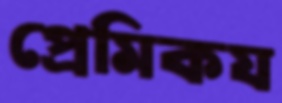
প্রেমিকয